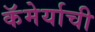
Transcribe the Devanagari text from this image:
कॅमेर्याची